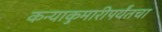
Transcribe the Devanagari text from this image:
कन्याकुमारीपर्यंतचा